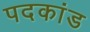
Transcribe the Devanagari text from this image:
पदकांड